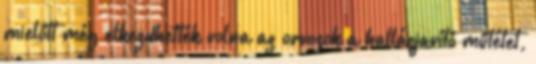
mielőtt még elkezdhették volna az orvosok a hallásjavító műtétet,